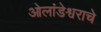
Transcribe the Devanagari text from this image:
ओलांडेश्वराचे